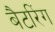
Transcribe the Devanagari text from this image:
बैटरिंग